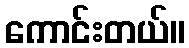
ကောင်းတယ်။